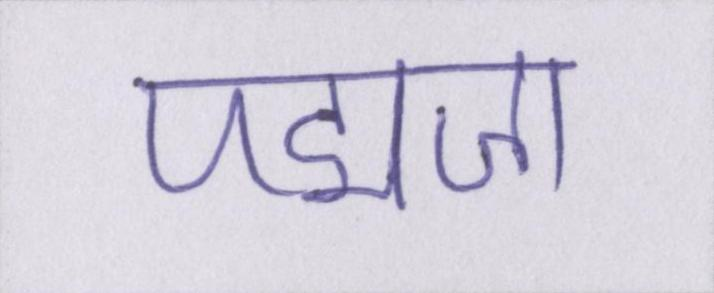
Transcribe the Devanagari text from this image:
पद्मजा